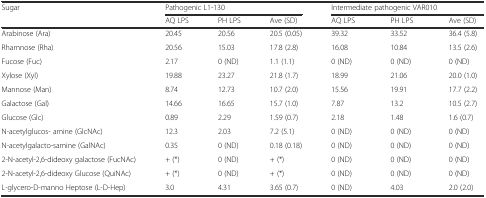
| <ROWSPAN=2> Sugar | <COLSPAN=3> Pathogenic L1-130 | <COLSPAN=3> Intermediate pathogenic VAR010 |
 | AQ LPS | PH LPS | Ave (SD) | AQ LPS | PH LPS | Ave (SD) |
 | --- | --- | --- | --- | --- | --- | --- |
 | Arabinose (Ara) | 20.45 | 20.56 | 20.5 (0.05) | 39.32 | 33.52 | 36.4 (5.8) |
 | Rhamnose (Rha) | 20.56 | 15.03 | 17.8 (2.8) | 16.08 | 10.84 | 13.5 (2.6) |
 | Fucose (Fuc) | 2.17 | 0 (ND) | 1.1 (1.1) | 0 (ND) | 0 (ND) | 0 (ND) |
 | Xylose (Xyl) | 19.88 | 23.27 | 21.8 (1.7) | 18.99 | 21.06 | 20.0 (1.0) |
 | Mannose (Man) | 8.74 | 12.73 | 10.7 (2.0) | 15.56 | 19.91 | 17.7 (2.2) |
 | Galactose (Gal) | 14.66 | 16.65 | 15.7 (1.0) | 7.87 | 13.2 | 10.5 (2.7) |
 | Glucose (Glc) | 0.89 | 2.29 | 1.59 (0.7) | 2.18 | 1.48 | 1.6 (0.7) |
 | N-acetylglucos- amine (GlcNAc) | 12.3 | 2.03 | 7.2 (5.1) | 0 (ND) | 0 (ND) | 0 (ND) |
 | N-acetylgalacto-samine (GalNAc) | 0.35 | 0 (ND) | 0.18 (0.18) | 0 (ND) | 0 (ND) | 0 (ND) |
 | 2-N-acetyl-2,6-dideoxy galactose (FucNAc) | + (*) | 0 (ND) | + (*) | 0 (ND) | 0 (ND) | 0 (ND) |
 | 2-N-acetyl-2,6-dideoxy Glucose (QuiNAc) | + (*) | 0 (ND) | + (*) | 0 (ND) | 0 (ND) | 0 (ND) |
 | L-glycero-D-manno Heptose (L-D-Hep) | 3.0 | 4.31 | 3.65 (0.7) | 0 (ND) | 4.03 | 2.0 (2.0) |